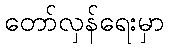
တော်လှန်ရေးမှာ